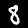
Digit: 8